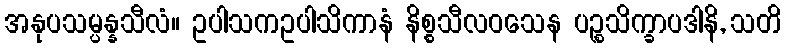
အနုပသမ္ပန္နသီလံ။ ဥပါသကဥပါသိကာနံ နိစ္စသီလဝသေန ပဉ္စသိက္ခာပဒါနိ, သတိ